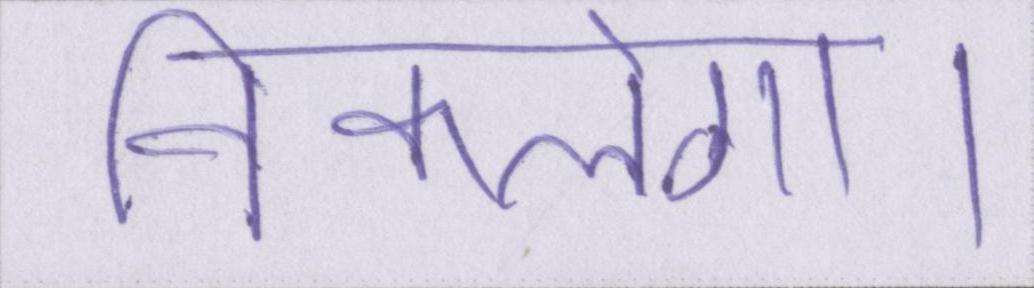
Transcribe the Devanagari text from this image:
निकलेगा।